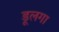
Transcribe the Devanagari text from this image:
डूलगा